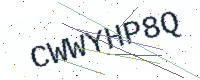
Text: CWWYHP8Q